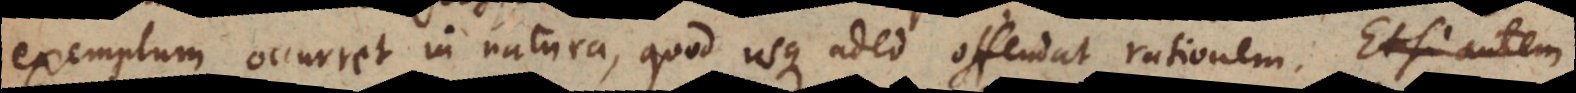
exemplum occurret in natura, quod usque adeo offendat rationem. Etsi autem